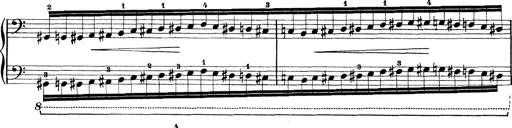
Title: Rapsodie: 19 ungheresi, 1 spagnuola
Composer: Franz Liszt